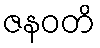
ဇနဝတိ